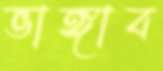
ভাঙ্গাব